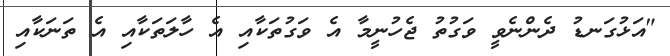
"އަޅުގަނޑު ދެންނެވީ ވަގުތު ޖެހުނީމާ އެ ވަގުތަކާއި އެ ހާލަތަކާއި އެ ތަނަކާއި